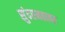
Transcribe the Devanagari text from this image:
सुंदरमठावर